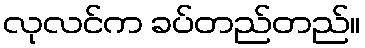
လုလင်က ခပ်တည်တည်။